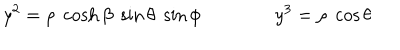
LaTeX: y ^ { 2 } = \rho \; \cosh \beta \; \sin \theta \; \sin \phi \qquad \qquad y ^ { 3 } = \rho \; \cos \theta